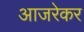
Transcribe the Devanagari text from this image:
आजरेकर